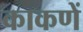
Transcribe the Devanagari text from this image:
काकणें